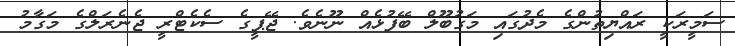
ސަމީރަކީ ރައްޔިތުންގެ މެދުގައި މަގުބޫލް ބޭފުޅެއް ނޫނެވެ. ޖޭޕީގެ ސެކެޓްރީ ޖެނެރަލްގެ މަގާމު